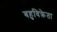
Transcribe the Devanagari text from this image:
बहुविक्रेता